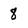
Character: 8